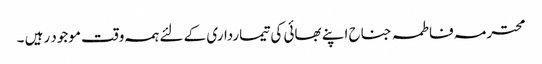
محترمہ فاطمہ جناح اپنے بھائی کی تیمارداری کے لئے ہمہ وقت موجود رہیں ۔